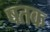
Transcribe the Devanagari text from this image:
षतक